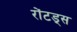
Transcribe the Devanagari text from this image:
रोंटड्स